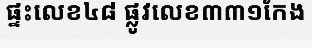
ផ្ទះលេខ៤៨ ផ្លូវលេខ៣៣១កែង